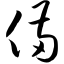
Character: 备